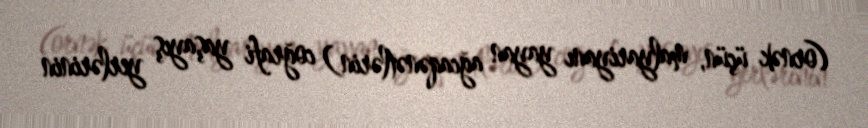
(ornək üçün, malyariyanı yayan ağcaqənətlərin) coğrafi yaşayış yerlərinin